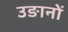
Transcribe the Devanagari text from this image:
उङानों